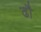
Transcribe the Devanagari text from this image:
ढौ